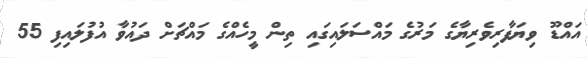
އައްޑޫ ވިޔަފާރިވެރިޔާގެ މަރުގެ މައްސަލައިގައި ތިން މީހެއްގެ މައްޗަށް ދައުވާ އުފުލައިފި 55